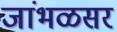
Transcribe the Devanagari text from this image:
जांभळसर